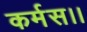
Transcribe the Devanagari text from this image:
कर्मस।।